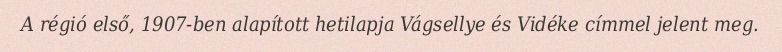
A régió első, 1907-ben alapított hetilapja Vágsellye és Vidéke címmel jelent meg.